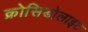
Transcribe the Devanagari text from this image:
क्रोसिडोलाइट